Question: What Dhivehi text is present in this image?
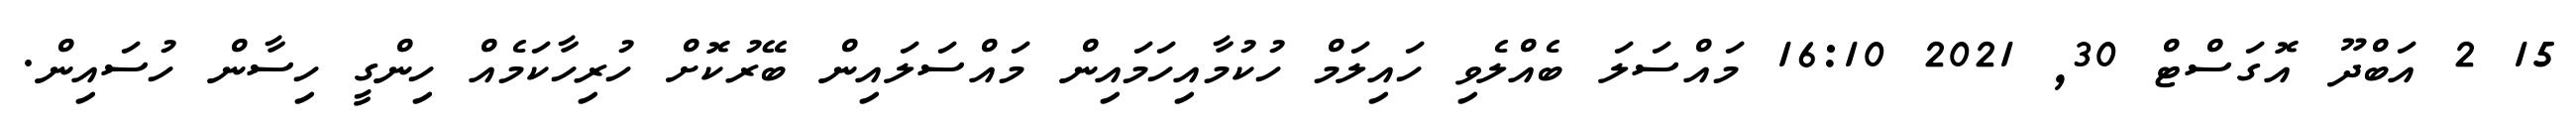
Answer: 15 2 އަބްދޫ އޮގަސްޓް 30, 2021 16:10 މައްސަލަ ބެއްލެވި ހައިލަމް ހުކުމާއިހަމައިން މައްސަލައިން ބޭރުކޮށް ހުރިހާކަމެއް ހިންގީ ހިސާން ހުސައިން.